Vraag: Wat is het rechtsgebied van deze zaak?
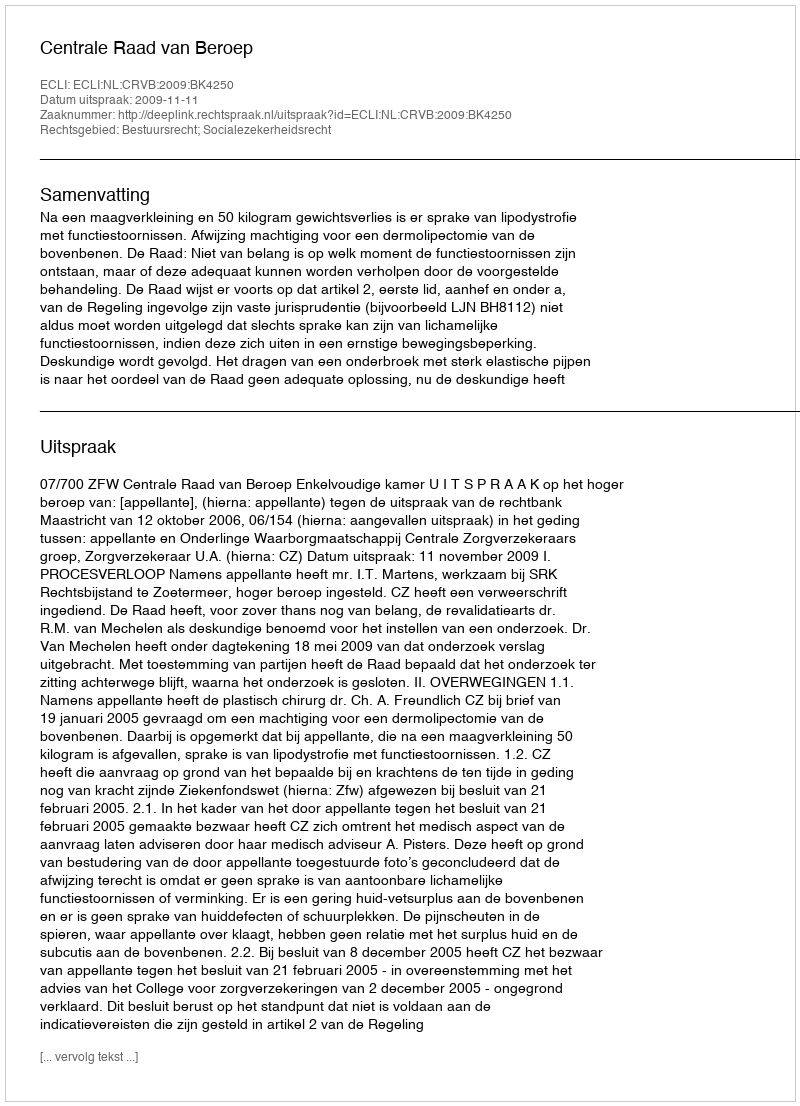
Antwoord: Bestuursrecht; Socialezekerheidsrecht